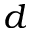
d